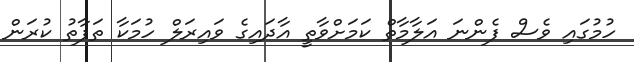
ހުމުގައި ވެސް ފެންނަ އަލާމާތް ކަމަށްވާތީ އާދައިގެ ވައިރަލް ހުމަކާ ތަފާތު ކުރަން